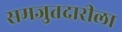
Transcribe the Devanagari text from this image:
समजुतदारीला